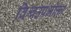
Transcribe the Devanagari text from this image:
विश्वउपभोक्ता